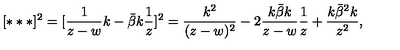
[ * * * ] ^ { 2 } = [ \frac { 1 } { z - w } k - \bar { \beta } k \frac { 1 } { z } ] ^ { 2 } = \frac { k ^ { 2 } } { ( z - w ) ^ { 2 } } - 2 \frac { k \bar { \beta } k } { z - w } \frac { 1 } { z } + \frac { k \bar { \beta } ^ { 2 } k } { z ^ { 2 } } ,